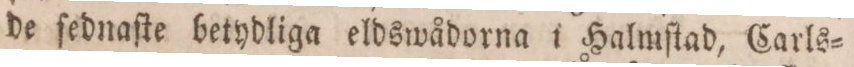
de ſednaſte betydliga eldswådorna i Halmſtad, Carls=